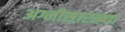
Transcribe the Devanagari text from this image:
अग्नीसारख्या